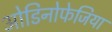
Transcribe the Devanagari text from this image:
ओडिनोफेजिया